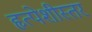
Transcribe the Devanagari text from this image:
हृत्पेशीस्तर